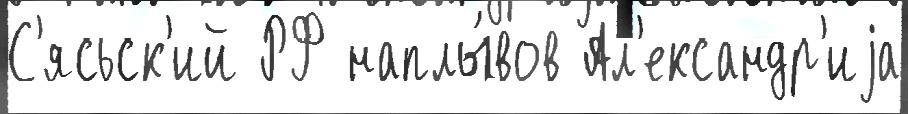
С'ясьск'ий РФ наплы́вов Ал'ександр'иjа